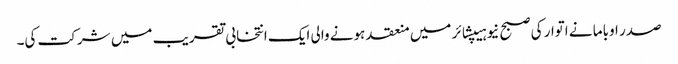
صدر اوباما نے اتوار کی صبح نیو ہیپشائر میں منعقد ہونے والی ایک انتخابی تقریب میں شرکت کی۔